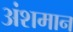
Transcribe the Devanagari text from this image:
अंशमान